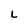
Character: L